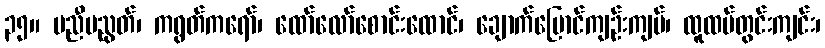
၃၅။ မညီမညွတ်၊ ကရွတ်ကရော်၊ ထော်လော်စောင်းထောင်၊ ချောက်မြောင်ကျဉ်းကျပ်၊ ထူထပ်တွင်းကျင်း၊